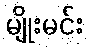
မျိုးမင်း